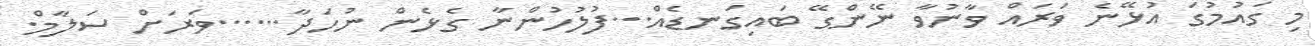
މި ގައުމުގަ އުޅޭނެ ވަރައް ވާނުވާ ނޭންގޭ ބައިގަނޑެއް...ފުލުހުންނާ ގެޅެން ނުހަދާ......ވަރަށް ސަލާމް.